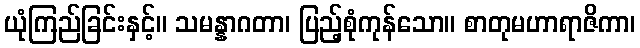
ယုံကြည်ခြင်းနှင့်။ သမန္နာဂတာ၊ ပြည့်စုံကုန်သော။ စာတုမဟာရာဇိကာ၊